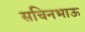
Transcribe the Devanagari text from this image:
सचिनभाऊ